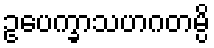
ဥပေက္ခာသဟဂတမ္ပိ